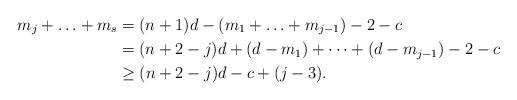
LaTeX: \begin{align*}m_j+\ldots+m_s& =(n+1)d-(m_{1}+\ldots +m_{j-1})-2-c\\&=(n+2-j)d+(d-m_1)+\dots+(d-m_{j-1})-2-c\\&\geq (n+2-j)d-c+(j-3).\end{align*}